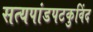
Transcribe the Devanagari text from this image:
सत्यपांडपटकुविंद